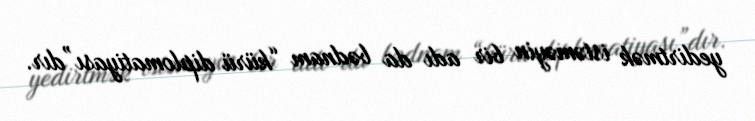
yedirtmək istəməyin bir adı da bədnam “kürü diplomatiyası”dır.